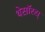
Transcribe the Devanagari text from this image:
थेसॉरस्